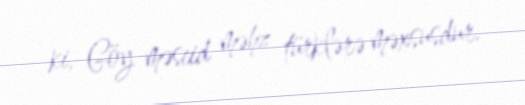
ki, Göy məscid məhz türklərə məxsusdur.